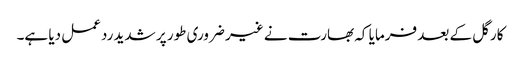
کارگل کے بعد فرمایا کہ بھارت نے غیر ضروری طور پر شدید ردعمل دیا ہے۔